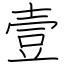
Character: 壹